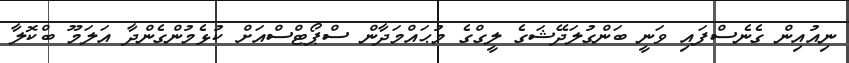
ނިއުއިން ގެނެސްފައި ވަނީ ބަންގުލަދޭޝަގެ ލީގްގެ މުޙައްމަދާން ސްޕޯޓްސްއަށް ކުޅެމުންގެންދާ އަލަމޫ ބްކޮލާ